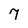
Character: 7